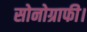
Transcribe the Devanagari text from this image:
सोनोग्राफी।